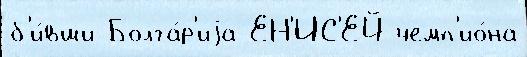
б'и́вши Болга́р'иjа ЕН'ИС'ЕЙ чемп'ио́на